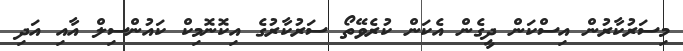
މިސަރުކާރުން އިސްކަން ދީގެން އެކަން ކުރެވޭތޯ ސަރުކާރުގެ އިކޮނޮމިކް ކައުންސިލް އާއި އަދި